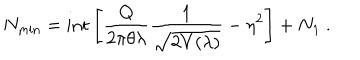
LaTeX: N _ { \mathrm { m i n } } = \mathrm { i n t } \left[ \frac { Q } { 2 \pi \theta \lambda } \frac { 1 } { \sqrt { 2 V ( \lambda ) } } - \eta ^ { 2 } \right] + N _ { 1 } ~ .